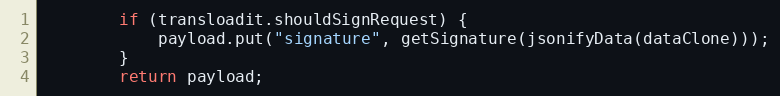
Language: Java
        if (transloadit.shouldSignRequest) {
            payload.put("signature", getSignature(jsonifyData(dataClone)));
        }
        return payload;